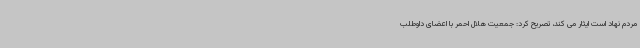
مردم نهاد است ایثار می کند، تصریح کرد: جمعیت هلال احمر با اعضای داوطلب